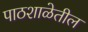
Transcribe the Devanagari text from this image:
पाठशाळेतील